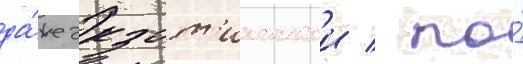
да́же экзот'ическои / по́